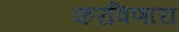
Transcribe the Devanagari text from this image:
करविणारा